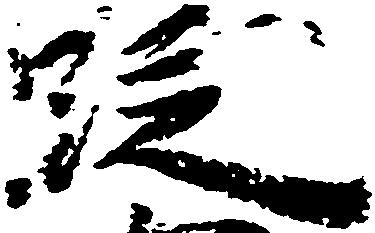
段